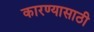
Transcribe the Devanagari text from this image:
कारण्यासाठी